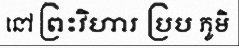
នៅ ព្រះវិហារ ប្រប ភូមិ